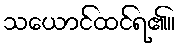
သယောင်ထင်ရ၏။